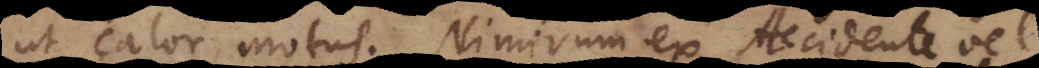
ut calor, motus. Nimirum ex Accidente vel